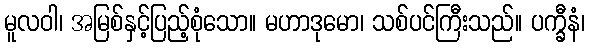
မူလဝါ၊ အမြစ်နှင့်ပြည့်စုံသော။ မဟာဒုမော၊ သစ်ပင်ကြီးသည်။ ပက္ခီနံ၊